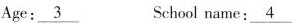
Age:\underline{3}School name:\underline{4}